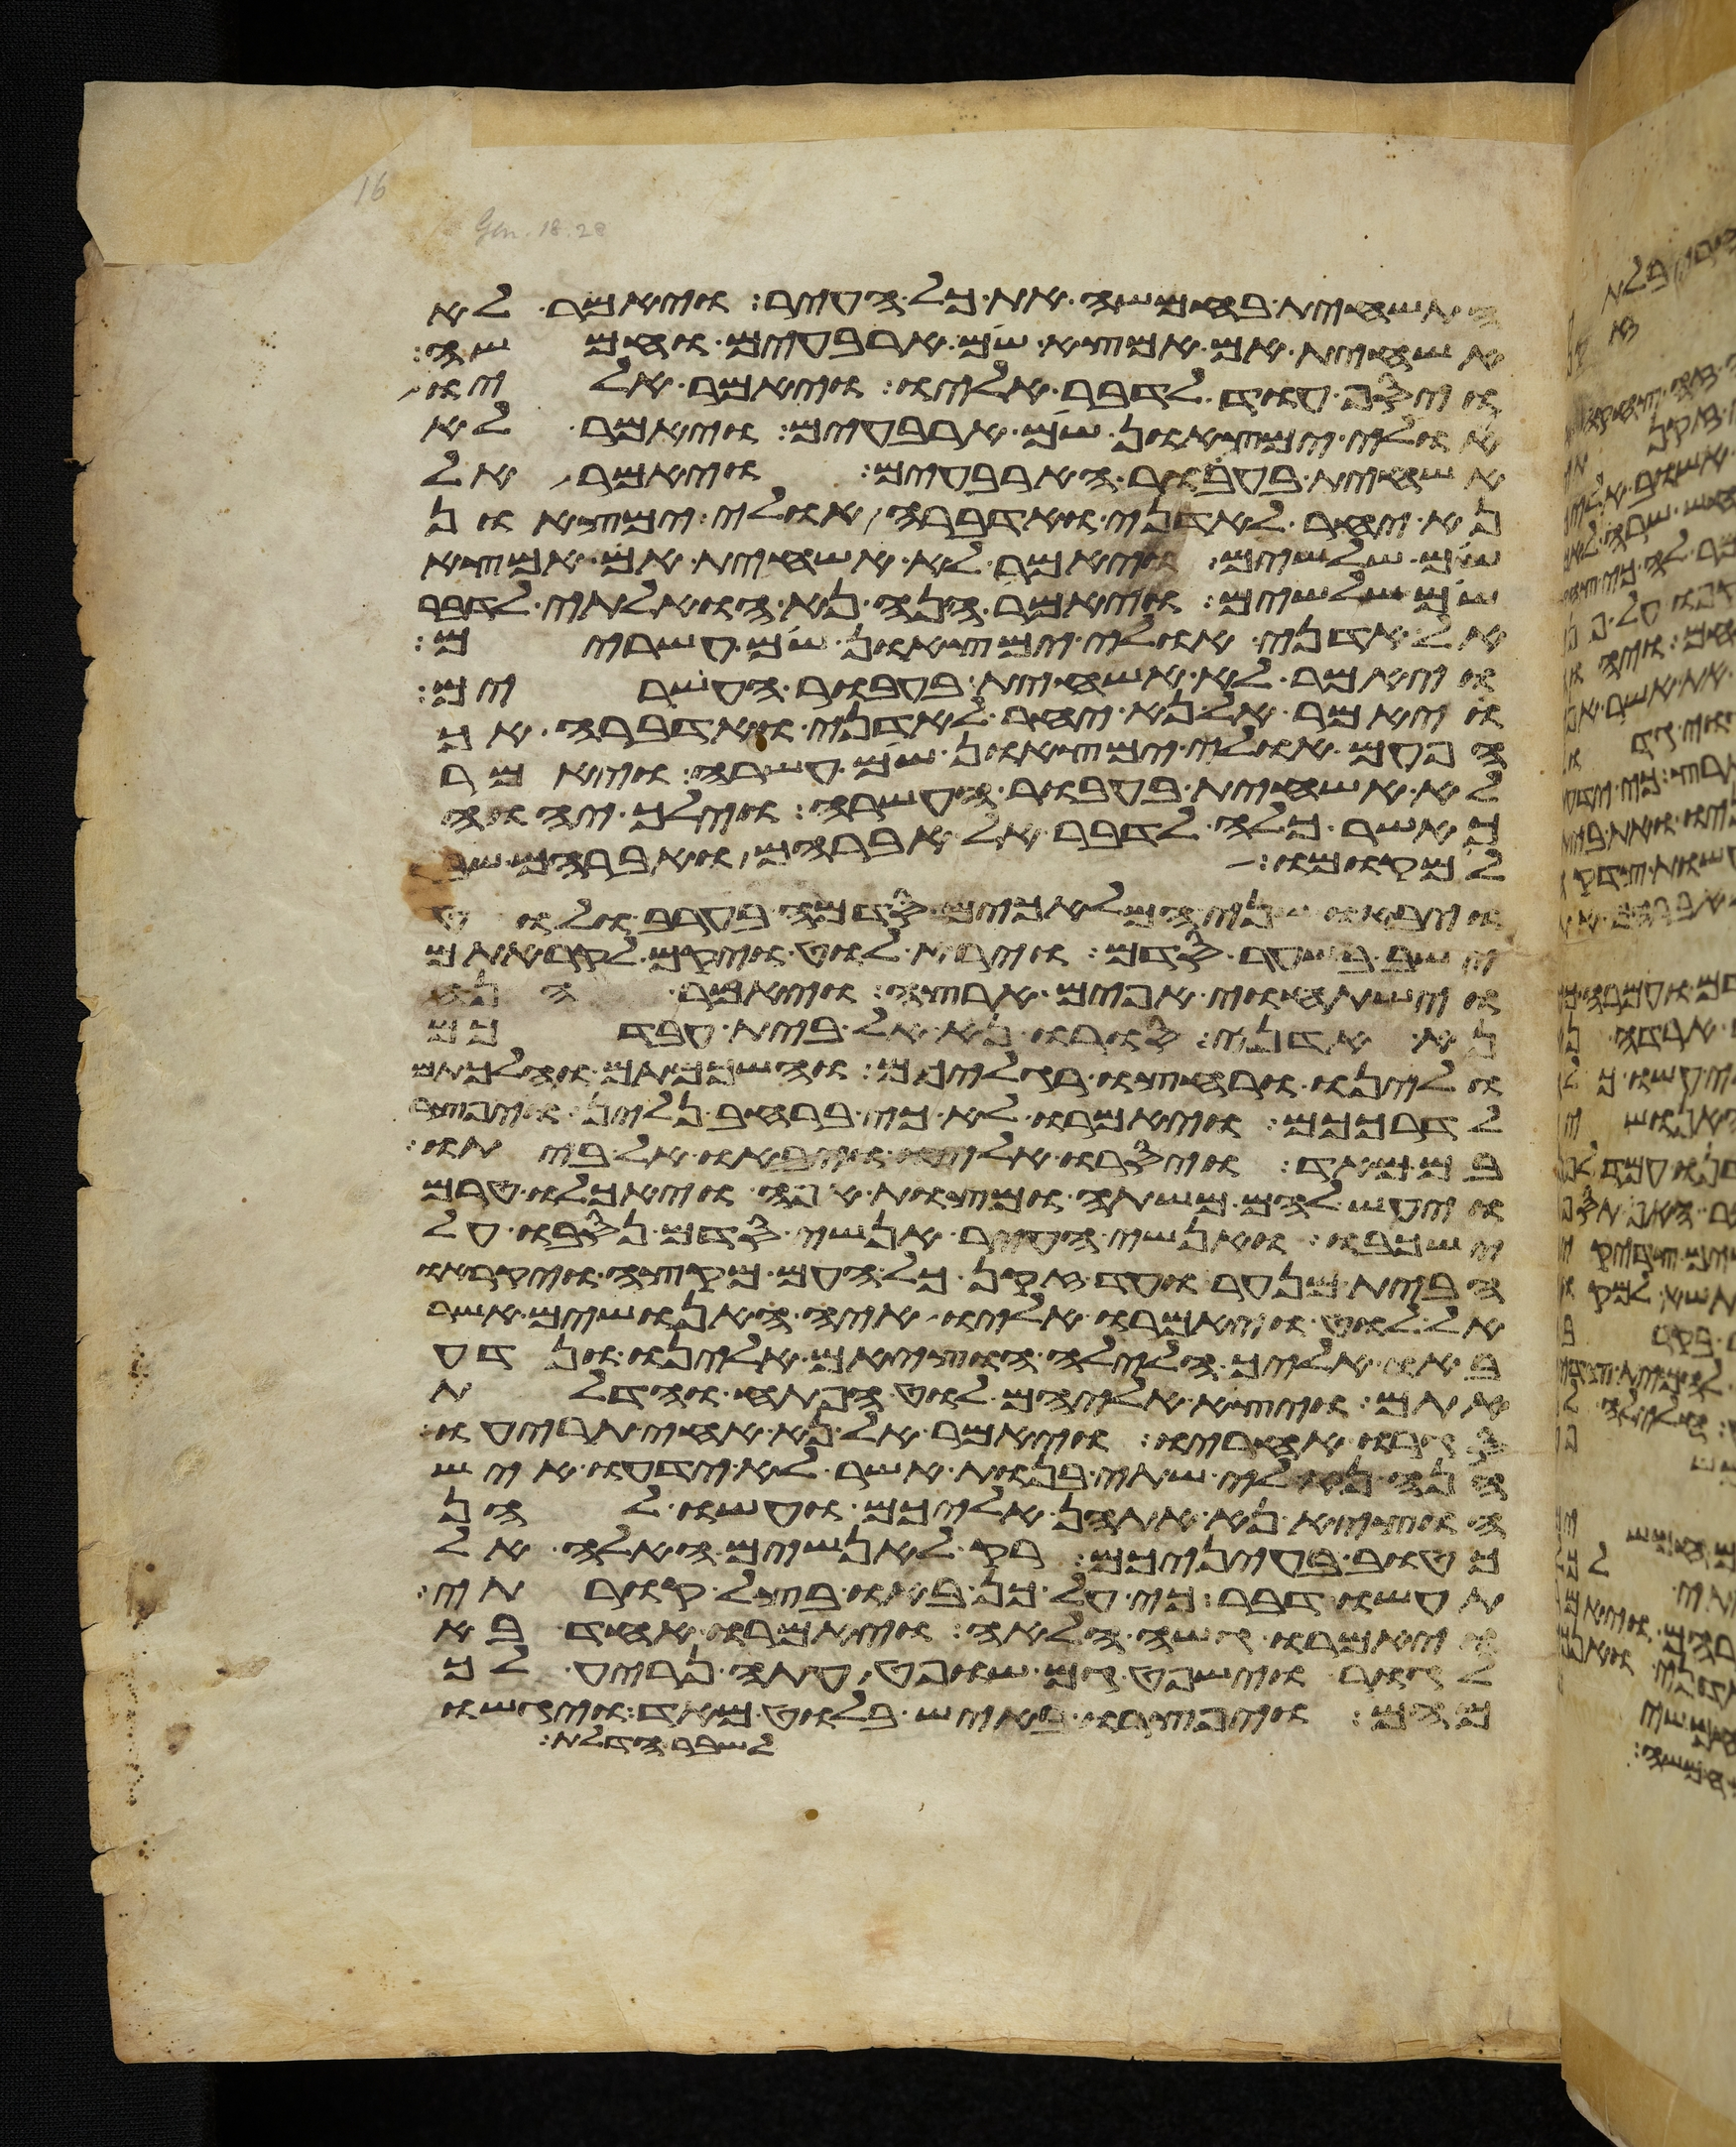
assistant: התשחית בחמשה את כל העיר ויאמר לא
אשחית אם אמצא שם ארבעים וחמשה
ויסף עוד לדבר אליו ויאמר אליו
אולי ימצאון שם ארבעים ויאמר לא
אשחית בעבור הארבעים ויאמר אל
נא יחר לאדני ואדברה אולי ימצאון
שם שלשים ויאמר לא אשחית אם אמצא
שם שלשים ויאמר הנה נא הואלתי לדבר
אל אדני אולי ימצאון שם עשרים
ויאמר לא אשחית בעבור העשרים
ויאמר אל נא יחר לאדני ואדברה אך
הפעם אולי ימצאון שם עשרה ויאמר
לא אשחית בעבור העשרה וילך יהוה
שם עשרה ויאמר
כאשר כלה לדבר אל אברהם ואברהם שב
למקומו
ויבאו שני המלאכים סדמה בערב ולוט
ישב בשער סדם וירא לוט ויקם לקראתם
וישתחוי אפים ארצה ויאמר הנה
נא אדני סורו נא אל בית עבדכם
ולינו ורחצו רגליכם והשכמתם והלכתם
לדרככם ויאמרו לא כי ברחב נלין ויפצר
בם מאד ויסרו אליו ויבאו אל ביתו
ויעש להם משתה ומצות אפה ויאכלו טרם
ישכבו אנשי העיר אנשי סדם נסבו על
הבית מנער ועד זקן כל העם מקצה ויקראו
אל לוט ויאמרו אליו איה האנושים אשר
באו אליך הלילה הוציאם אלינו ונדע
אתם ויצא אליהם לוט הפתח והדלת
סגרו אחריו ויאמר אל נא אחי תריעו
הנה נא לי שתי בנות אשר לא ידעו איש
הוציא נא אתהן אליכם ועשו להן
כטוב בעיניכם רק לאנשים האלה אל
תעשו דבר כי על כן באו בצל קורתי
ויאמרו גשה הלאה ויאמרו אחד בא
לגור וישפט גם שפט עתה נריע לך
מהם ויפצרו באיש בלוט מאד ויגשו
לשבר הדלת